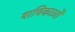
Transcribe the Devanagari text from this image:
याचिकाओँ